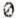
0